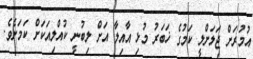
އުމުރަށް ޖަލަށްލީ ކަމުގެ ޚަބަރު މުޅި އާއިލާ އަށް ލިބުނީ ކުއްލިއަކަށް ކަމަށެވެ.